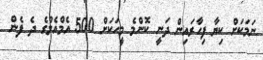
ނަމަކަށް ކިޔާ ފިހާރައިން ދަނީ ކޮންމެ މީހަކަށް 500 އެމްއެލްގެ ދެ ފެން